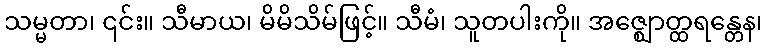
သမ္မတာ၊ ၎င်း။ သီမာယ၊ မိမိသိမ်ဖြင့်။ သီမံ၊ သူတပါးကို။ အဇ္ဈောတ္ထရန္တေန၊